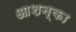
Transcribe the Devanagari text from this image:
आशन्का